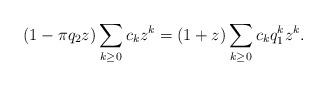
LaTeX: \begin{align*} (1- \pi q_2z) \sum_{k \ge 0} c_k z^k = (1 + z) \sum_{k \ge 0} c_k q_1^k z^k. \end{align*}